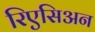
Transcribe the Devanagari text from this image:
रिएसिअन